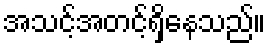
အသင့်အတင့်ရှိနေသည်။